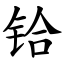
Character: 铪